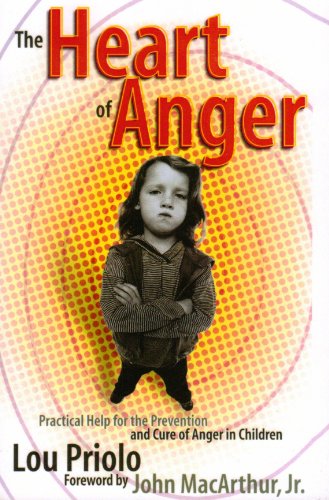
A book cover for The Heart of Anger: Practical Help for Prevention and Cure of Anger in Children; Lou Priolo; Self-Help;